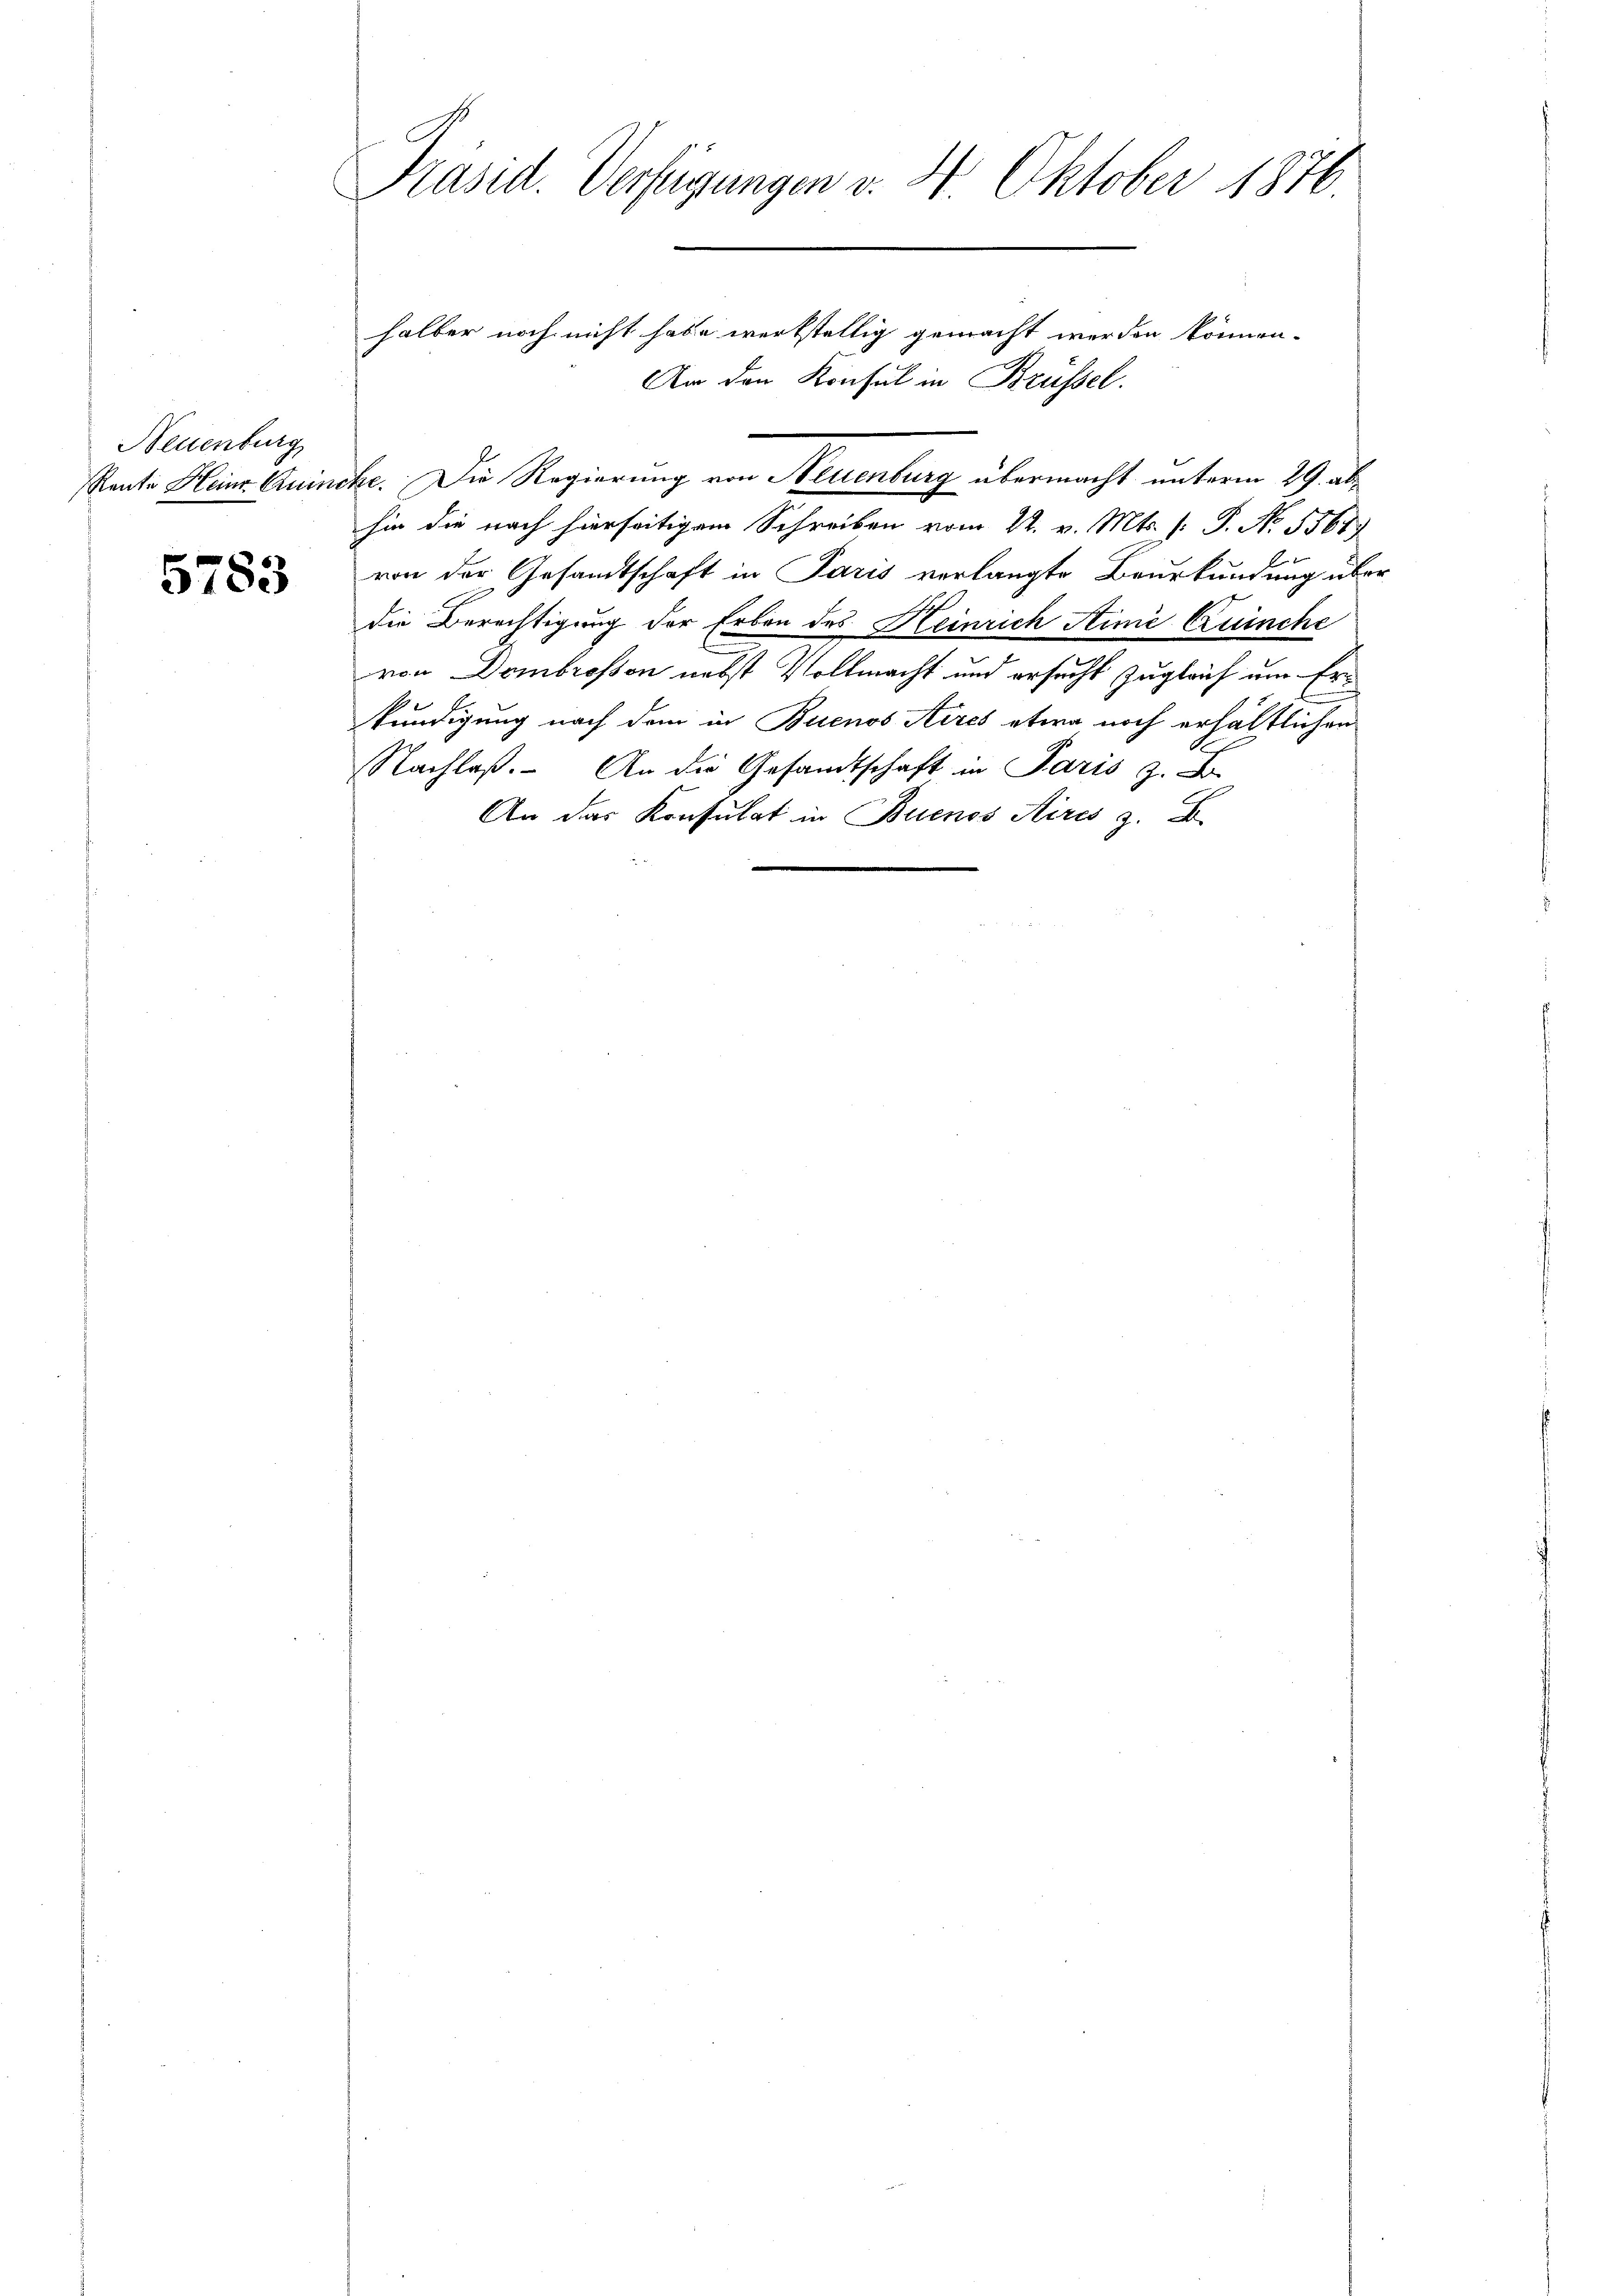
Neuenburg
Rente Heinr. Quin

5783

Präsid. Verfügungen v. 4. Oktober 1876.

halber noch nicht habe werkstellig gemacht werden können.
An den Konsul in Brüssel.
che. Die Regierung von Neuenburg übermacht unterm 29. abhin die nach hierseitigem Schreiben vom 22. v. Mts. [: P. No. 5561
von der Gesandtschaft in Paris verlangte Beurkundung über
die Berechtigung der Erben des Heinrich Ainić Quinche
von Dombrossen nebst Vollmacht und ersucht zugleich um Ere
kündigung nach dem in Buenos Aires etwa noch erhältlichen
Nachlaß. An die Gesandtschaft in Paris z. B.
An das Konsulat in Buenos Aires z. B.